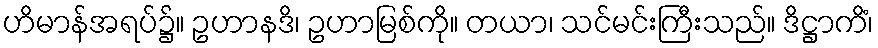
ဟိမာန်အရပ်၌။ ဥဟာနဒိ၊ ဥဟာမြစ်ကို။ တယာ၊ သင်မင်းကြီးသည်။ ဒိဋ္ဌာကိံ၊